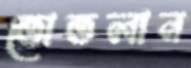
তোতলান